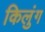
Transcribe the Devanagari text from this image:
किलुंग